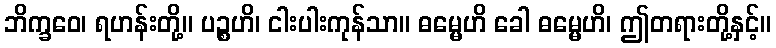
ဘိက္ခဝေ၊ ရဟန်းတို့။ ပဉ္စဟိ၊ ငါးပါးကုန်သာ။ ဓမ္မေဟိ ခေါ ဓမ္မေဟိ၊ ဤတရားတို့နှင့်။